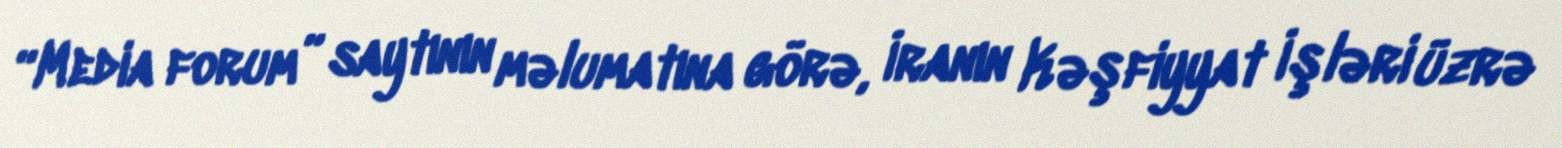
“Media forum” saytının məlumatına görə, İranın Kəşfiyyat İşləri üzrə